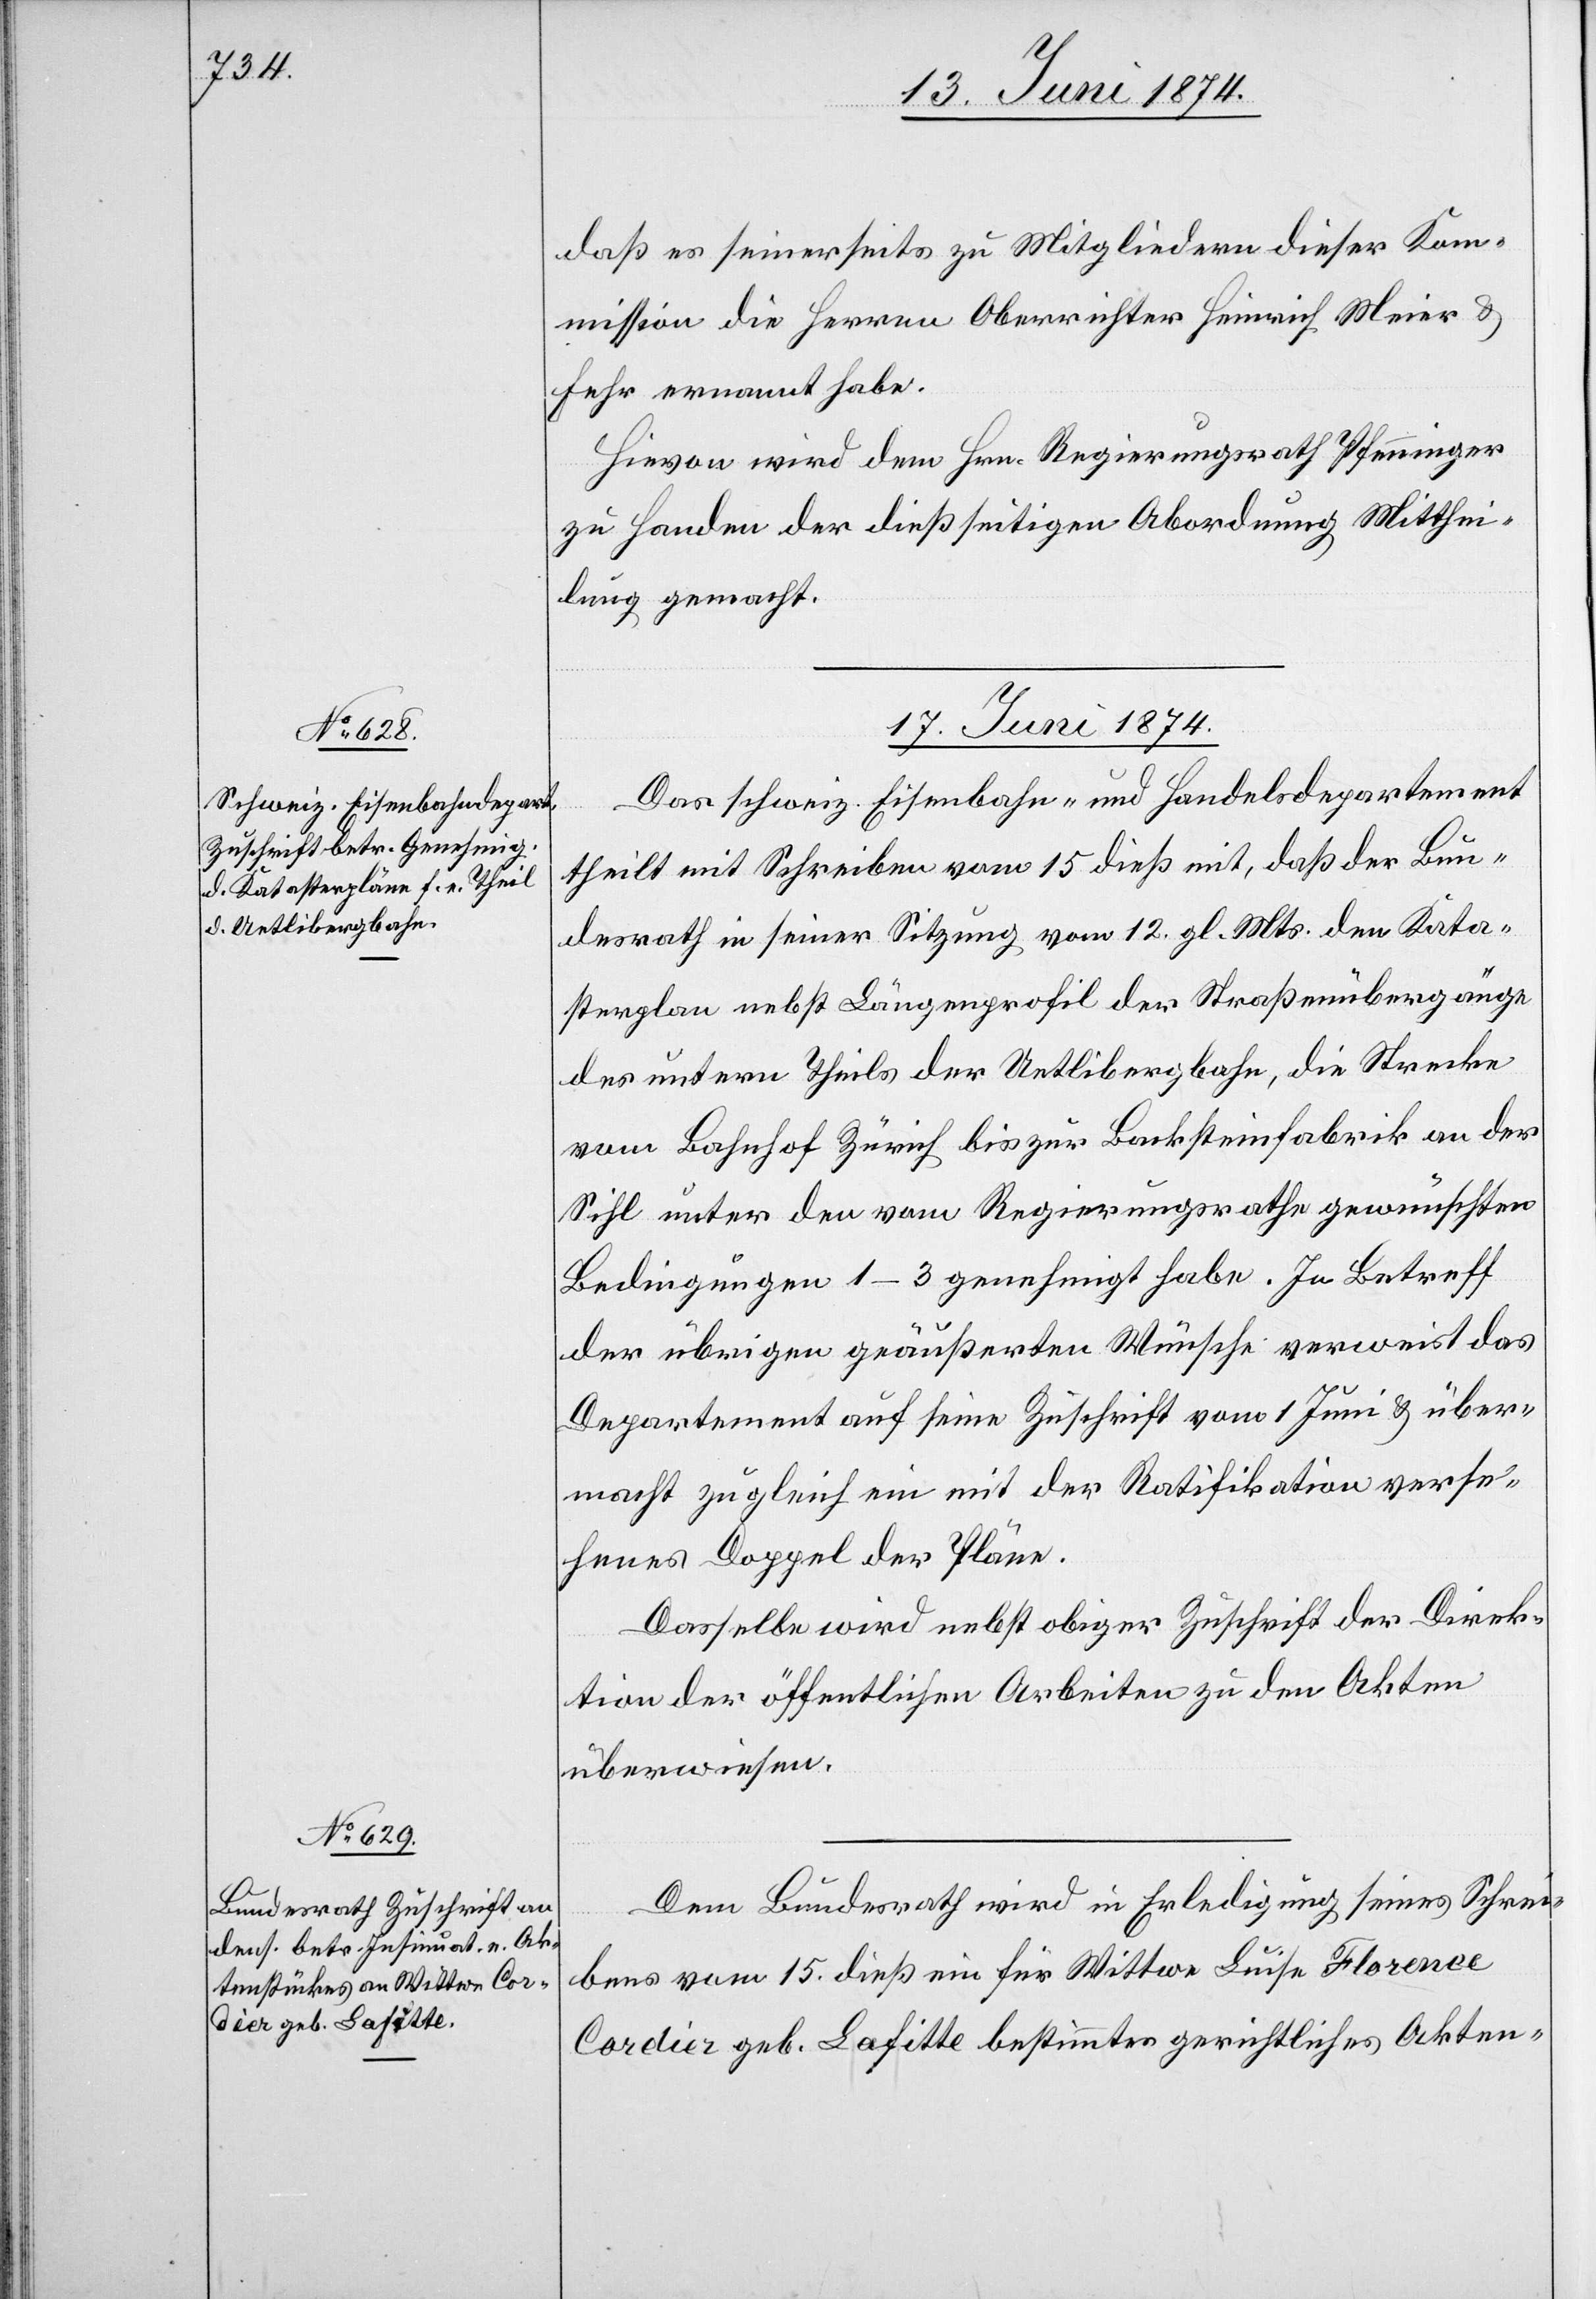
daß es seinerseits zu Mitgliedern dieser Kom¬
mission die Herren Oberrichter Heinrich Meier u.
Fehr ernannt habe.
Hievon wird dem Hrn. Regierungsrath Pfenninger
zu Handen der dießseitigen Abordnung Mitthei¬
lung gemacht.
17. Juni 1874.]
Das schweiz. Eisenbahn- und Handelsdepartement
theilt mit Schreiben vom 15. dieß mit, daß der Bun¬
desrath in seiner Sitzung vom 12. gl. Mts. den Kata¬
sterplan nebst Längenprofil der Straßenübergänge
des untern Theils der Uetlibergbahn, die Strecke
vom Bahnhof Zürich bis zur Backsteinfabrik an der
Sihl unter den vom Regierungsrathe gewünschten
Bedingungen 1–3 genehmigt habe. In Betreff
der übrigen geäußerten Wünsche verweist das
Departement auf seine Zuschrift vom 1. Juni u. über¬
macht zugleich ein mit der Ratifikation verse¬
henes Doppel der Pläne.
Dasselbe wird nebst obiger Zuschrift der Direk¬
tion der öffentlichen Arbeiten zu den Akten
überwiesen.
Dem Bundesrath wird in Erledigung seines Schrei¬
bens vom 15. dieß ein für Wittwe Luise Florence
Cordiez geb. Lafitte bestimmtes gerichtliches Akten-